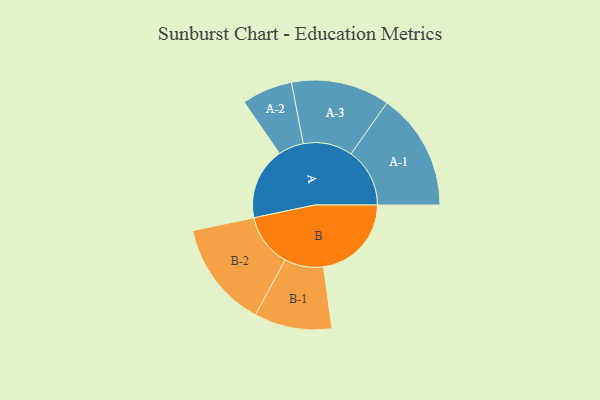
{"axis": {"x": "Segment", "y": "Value"}, "legend": ["", "A", "B"], "data": [{"x": "A", "y": 352, "type": ""}, {"x": "B", "y": 430, "type": ""}, {"x": "A-1", "y": 287, "type": "A"}, {"x": "A-2", "y": 124, "type": "A"}, {"x": "A-3", "y": 241, "type": "A"}, {"x": "B-1", "y": 190, "type": "B"}, {"x": "B-2", "y": 260, "type": "B"}]}